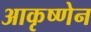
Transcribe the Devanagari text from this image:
आकृष्णेन